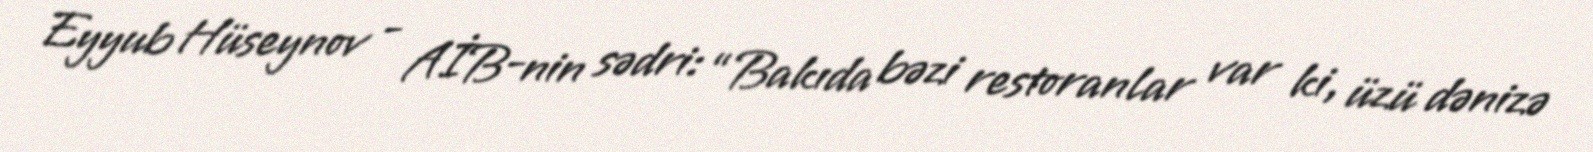
Eyyub Hüseynov - AİB-nin sədri: “Bakıda bəzi restoranlar var ki, üzü dənizə